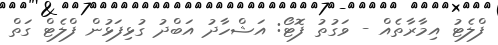
ފްލެޓު އިމާރާތެއް - ވަގުތު ފޮޓޯ: އަޝްހާދު އަބްދު ގުޅިފަޅުން ފްލެޓް ގަތް